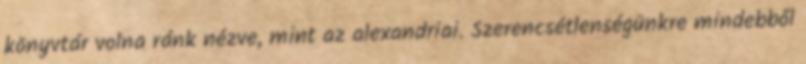
könyvtár volna ránk nézve, mint az alexandriai. Szerencsétlenségünkre mindebből